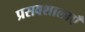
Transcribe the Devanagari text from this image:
प्रसवशालाएँ